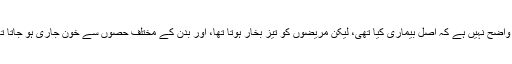
یہ واضح نہیں ہے کہ اصل بیماری کیا تھی، لیکن مریضوں کو تیز بخار ہوتا تھا، اور بدن کے مختلف حصوں سے خون جاری ہو جاتا تھا۔